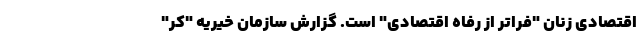
اقتصادی زنان "فراتر از رفاه اقتصادی" است. گزارش سازمان خیریه "کر"